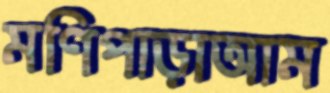
মণিপাড়াআম